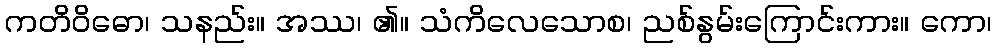
ကတိဝိဓော၊ သနည်း။ အဿ၊ ၏။ သံကိလေသောစ၊ ညစ်နွမ်းကြောင်းကား။ ကော၊